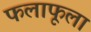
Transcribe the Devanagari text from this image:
फलाफूला